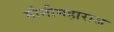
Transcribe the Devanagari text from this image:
मौनीमहाराज